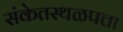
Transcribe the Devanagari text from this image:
संकेतस्थळपत्ता